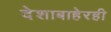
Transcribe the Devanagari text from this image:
देशाबाहेरही